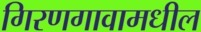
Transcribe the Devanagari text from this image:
गिरणगावामधील